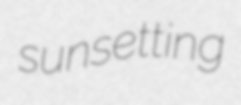
sunsetting